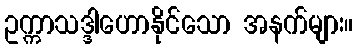
ဥက္ကာသဒ္ဒါဟောနိုင်သော အနက်များ။